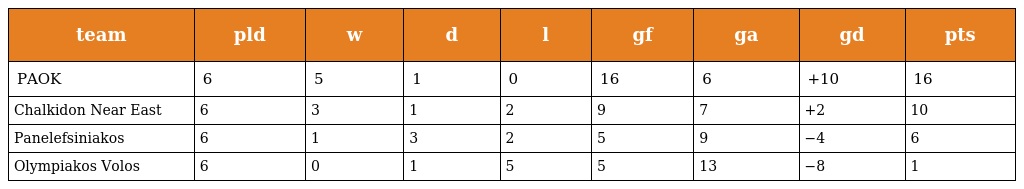
| team | pld | w | d | l | gf | ga | gd | pts |
 | --- | --- | --- | --- | --- | --- | --- | --- | --- |
 | PAOK | 6 | 5 | 1 | 0 | 16 | 6 | +10 | 16 |
 | Chalkidon Near East | 6 | 3 | 1 | 2 | 9 | 7 | +2 | 10 |
 | Panelefsiniakos | 6 | 1 | 3 | 2 | 5 | 9 | −4 | 6 |
 | Olympiakos Volos | 6 | 0 | 1 | 5 | 5 | 13 | −8 | 1 |